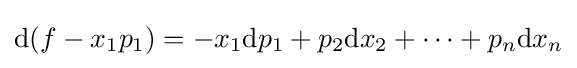
\mathrm {d} (f-x_{1}p_{1})=-x_{1}\mathrm {d} p_{1}+p_{2}\mathrm {d} x_{2}+\cdots +p_{n}\mathrm {d} x_{n}